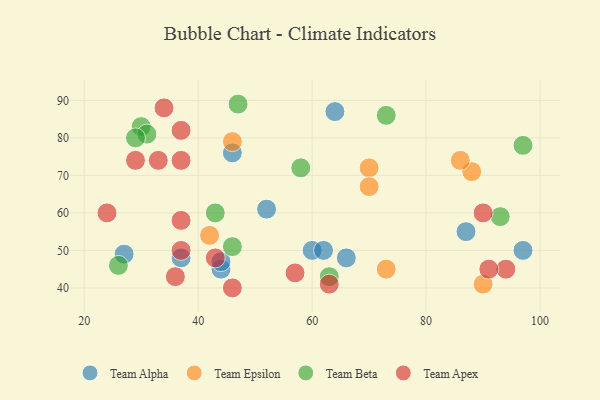
{"axis": {"x": "GDP", "y": "Life Expectancy"}, "legend": ["Team Alpha", "Team Apex", "Team Beta", "Team Epsilon"], "data": [{"x": "27", "y": 49, "type": "Team Alpha"}, {"x": "52", "y": 61, "type": "Team Alpha"}, {"x": "60", "y": 50, "type": "Team Alpha"}, {"x": "87", "y": 55, "type": "Team Alpha"}, {"x": "37", "y": 48, "type": "Team Alpha"}, {"x": "44", "y": 45, "type": "Team Alpha"}, {"x": "97", "y": 50, "type": "Team Alpha"}, {"x": "46", "y": 76, "type": "Team Alpha"}, {"x": "66", "y": 48, "type": "Team Alpha"}, {"x": "62", "y": 50, "type": "Team Alpha"}, {"x": "44", "y": 47, "type": "Team Alpha"}, {"x": "64", "y": 87, "type": "Team Alpha"}, {"x": "70", "y": 72, "type": "Team Epsilon"}, {"x": "46", "y": 79, "type": "Team Epsilon"}, {"x": "88", "y": 71, "type": "Team Epsilon"}, {"x": "86", "y": 74, "type": "Team Epsilon"}, {"x": "73", "y": 45, "type": "Team Epsilon"}, {"x": "42", "y": 54, "type": "Team Epsilon"}, {"x": "70", "y": 67, "type": "Team Epsilon"}, {"x": "90", "y": 41, "type": "Team Epsilon"}, {"x": "97", "y": 78, "type": "Team Beta"}, {"x": "30", "y": 83, "type": "Team Beta"}, {"x": "63", "y": 43, "type": "Team Beta"}, {"x": "31", "y": 81, "type": "Team Beta"}, {"x": "58", "y": 72, "type": "Team Beta"}, {"x": "26", "y": 46, "type": "Team Beta"}, {"x": "73", "y": 86, "type": "Team Beta"}, {"x": "29", "y": 80, "type": "Team Beta"}, {"x": "46", "y": 51, "type": "Team Beta"}, {"x": "43", "y": 60, "type": "Team Beta"}, {"x": "93", "y": 59, "type": "Team Beta"}, {"x": "47", "y": 89, "type": "Team Beta"}, {"x": "43", "y": 48, "type": "Team Apex"}, {"x": "24", "y": 60, "type": "Team Apex"}, {"x": "37", "y": 82, "type": "Team Apex"}, {"x": "36", "y": 43, "type": "Team Apex"}, {"x": "37", "y": 74, "type": "Team Apex"}, {"x": "34", "y": 88, "type": "Team Apex"}, {"x": "33", "y": 74, "type": "Team Apex"}, {"x": "94", "y": 45, "type": "Team Apex"}, {"x": "37", "y": 58, "type": "Team Apex"}, {"x": "63", "y": 41, "type": "Team Apex"}, {"x": "91", "y": 45, "type": "Team Apex"}, {"x": "37", "y": 50, "type": "Team Apex"}, {"x": "46", "y": 40, "type": "Team Apex"}, {"x": "29", "y": 74, "type": "Team Apex"}, {"x": "57", "y": 44, "type": "Team Apex"}, {"x": "90", "y": 60, "type": "Team Apex"}]}